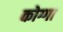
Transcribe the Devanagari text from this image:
कोग्गा